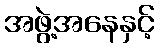
အဖွဲ့အနေနှင့်